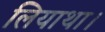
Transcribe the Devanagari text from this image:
लियाथा।